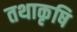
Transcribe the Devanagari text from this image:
तथाकृषि